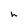
Character: h